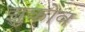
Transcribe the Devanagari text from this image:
झुकोव